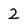
Character: 2